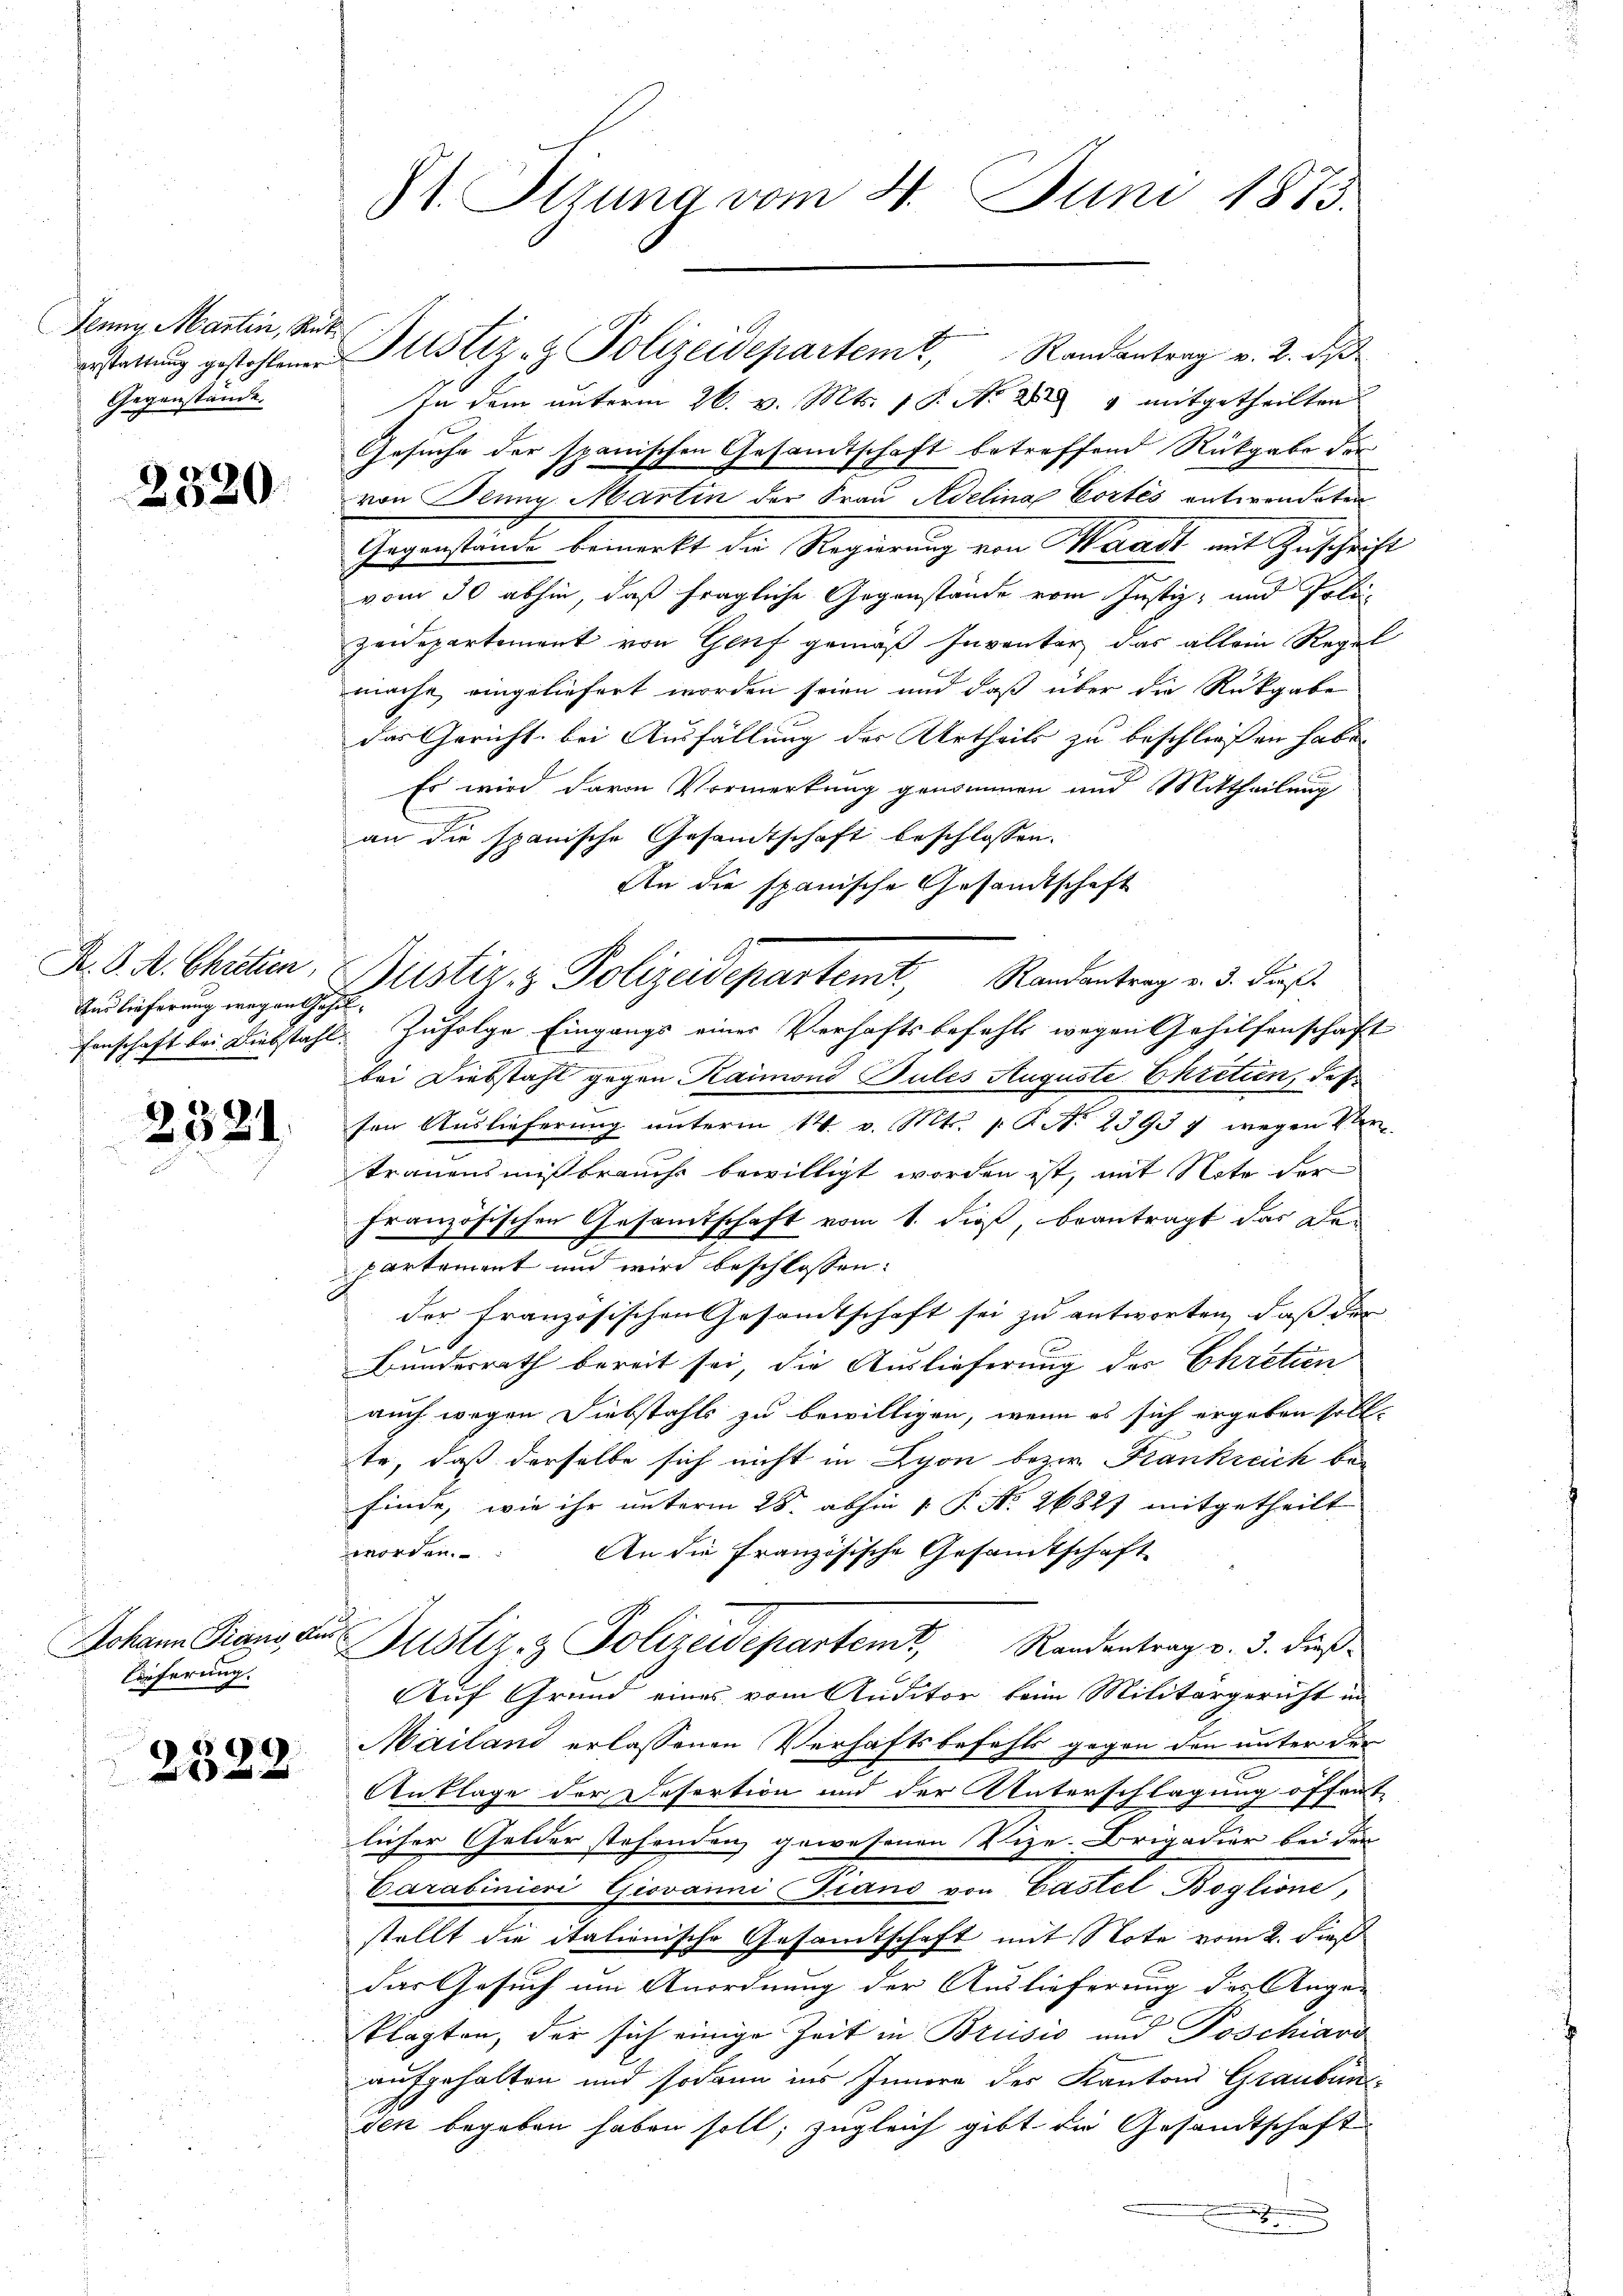
Jenny Martin, Rükerstattung gestohlener
Gegenstände.

2520

K. K. A. Chreten,
Anslieferung wegen Gesel¬

2521.

Johann Piano, aus
lieferung.

15
  in und

St. Ottung vom 4. Juni 1873.

Justiz- & Polizeidepartemt, Randantrag v. 2. dβ
in dem unterm 26. v. Mts. 1. No 224 mitgetheilten
Gesuche der spanischen Gesamtschaft betreffend Rückgabe der
von Jenny, Martin der Frau Adelina Cortés entwendeten
Gegenstende bemerkt der Regierung von Mande mit Zuschrift
vom 30 abhin, daß fragliche Gegenstände vom Justiz- und Poli¬
Zeidepartement von Genf gemäß Inventer das allein Regel
mache eingeliefert worden seien und daß über die Rückgabe
das Gericht bei Ausfällung der Urtheils zu beschliessen habe.
Es wird davon Vormerkung genommen und Mittheilung
an die spanische Gesandtschaft beschlossen.
An die spanische Gesandtschaft
fenschaft bei Diebstahl. Zufolge Eingangs einer Verhaftsbefehls wegen Gehilfenschaft
bei Diebstahl gegen Kaimons Pules Auguste Ekretien, daß
sen Auslieferung unterm 14. v. Mts. 1. No 25937 wegen Ver¬
Trauensmißbrauchs bewilligt worden ist, mit Note der
französischen Gesamtschaft vom 1. dieß, beantragt das Deparkoment und wird beschlossen:
der französischen Gesamtschaft sei zu antworten, dass der |
Bundesrath bereit sei, die Auslieferung des Chretien
auch wegen Diebstahls zu bewilligen, wenn es sich ergeben soll.
te, daß derselbe sich nicht in Lyon bezw. Frankreich befinde, wie ihr unterm 28. abhin 1. P. No 26827 mitgetheilt
worden.
An die Französische Gesandtschaft
Justiz & Polizeidepartemt, Randentrag v. 3. dieß
u.
Auf Grund eines vom Auditor beim Militärgericht in
Mailand erlassenen Verhaftsbefehls gegen den unter der
Anklage der Desortion und der Unterschlagung öffent
licher Gelder stehenden gewesenen Vize-Brigadier bei den
Carabinieri Giovanni Piano von Gastel Boglione,
stellt die itationische Gesandtschaft mit Note vom 2. dieß
das Gesuch um Anordnung der Auslieferung des Ange-
klagten, der sich einige Zeit in Brusio und Poschiavi
aufgehalten und sodann ins Innern des Kantons Graubün
den begeben haben soll; zugleich gibt die Gesandtschaft
.
x

Justiz- & Polizeidepartemt, Randentrag v. 3. dieß